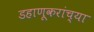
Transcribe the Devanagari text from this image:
डहाणूकरांच्या